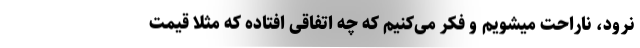
نرود، ناراحت میشویم و فکر می‌کنیم که چه اتفاقی افتاده که مثلا قیمت